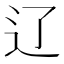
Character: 辽